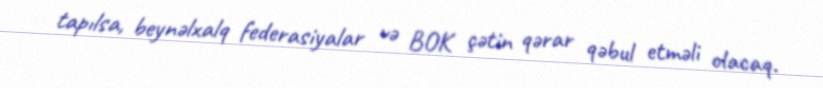
tapılsa, beynəlxalq federasiyalar və BOK çətin qərar qəbul etməli olacaq.